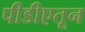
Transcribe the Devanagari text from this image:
पीडीएतून